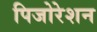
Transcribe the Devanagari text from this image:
पिजोरेशन